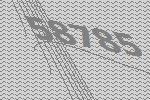
58785